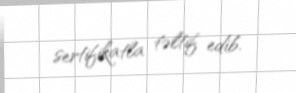
sertifikatla təltif edib.